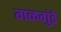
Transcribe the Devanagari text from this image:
गळगुंडे